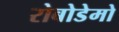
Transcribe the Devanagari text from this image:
रोबोडेमो